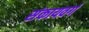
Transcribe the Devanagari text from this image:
संकायवर्ग